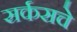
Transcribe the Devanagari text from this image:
सर्कसचे